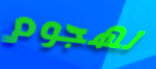
لهجوم